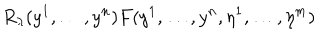
LaTeX: R _ { \lambda } ( y ^ { 1 } , \dots , y ^ { n } ) F ( y ^ { 1 } , \dots , y ^ { n } , \eta ^ { 1 } , \dots , \eta ^ { m } )